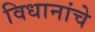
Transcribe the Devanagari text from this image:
विधानांचे